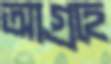
আগ্রহে